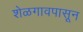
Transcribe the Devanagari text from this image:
शेळगावपासून